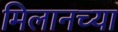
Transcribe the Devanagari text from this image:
मिलानच्या